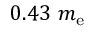
0 . 4 3 ~ m _ { \mathrm { e } }